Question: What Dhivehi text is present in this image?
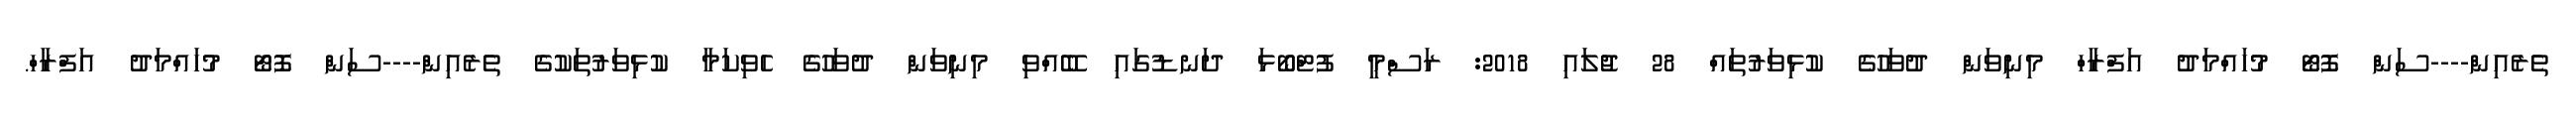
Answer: ތެރެއިން----ސަން ފޮޓޯ މުހައްމަދު އަފްރާހް މިނިވަން ދުވަހުގެ ކުޅިވަރުތައް 28 ޖުލައި 2018: ރަސްމީ ފުޓްބޯޅަ ދަނޑުގައި ބޭއްވި މިނިވަން ދުވަހުގެ ހެވިކަމާ ކުޅިވަރުތަކުގެ ތެރެއިން----ސަން ފޮޓޯ މުހައްމަދު އަފްރާހް.